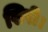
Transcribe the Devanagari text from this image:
खिरी।